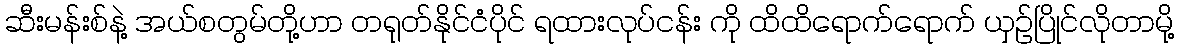
ဆီးမန်းစ်နဲ့ အယ်စတွမ်တို့ဟာ တရုတ်နိုင်ငံပိုင် ရထားလုပ်ငန်း ကို ထိထိရောက်ရောက် ယှဉ်ပြိုင်လိုတာမို့